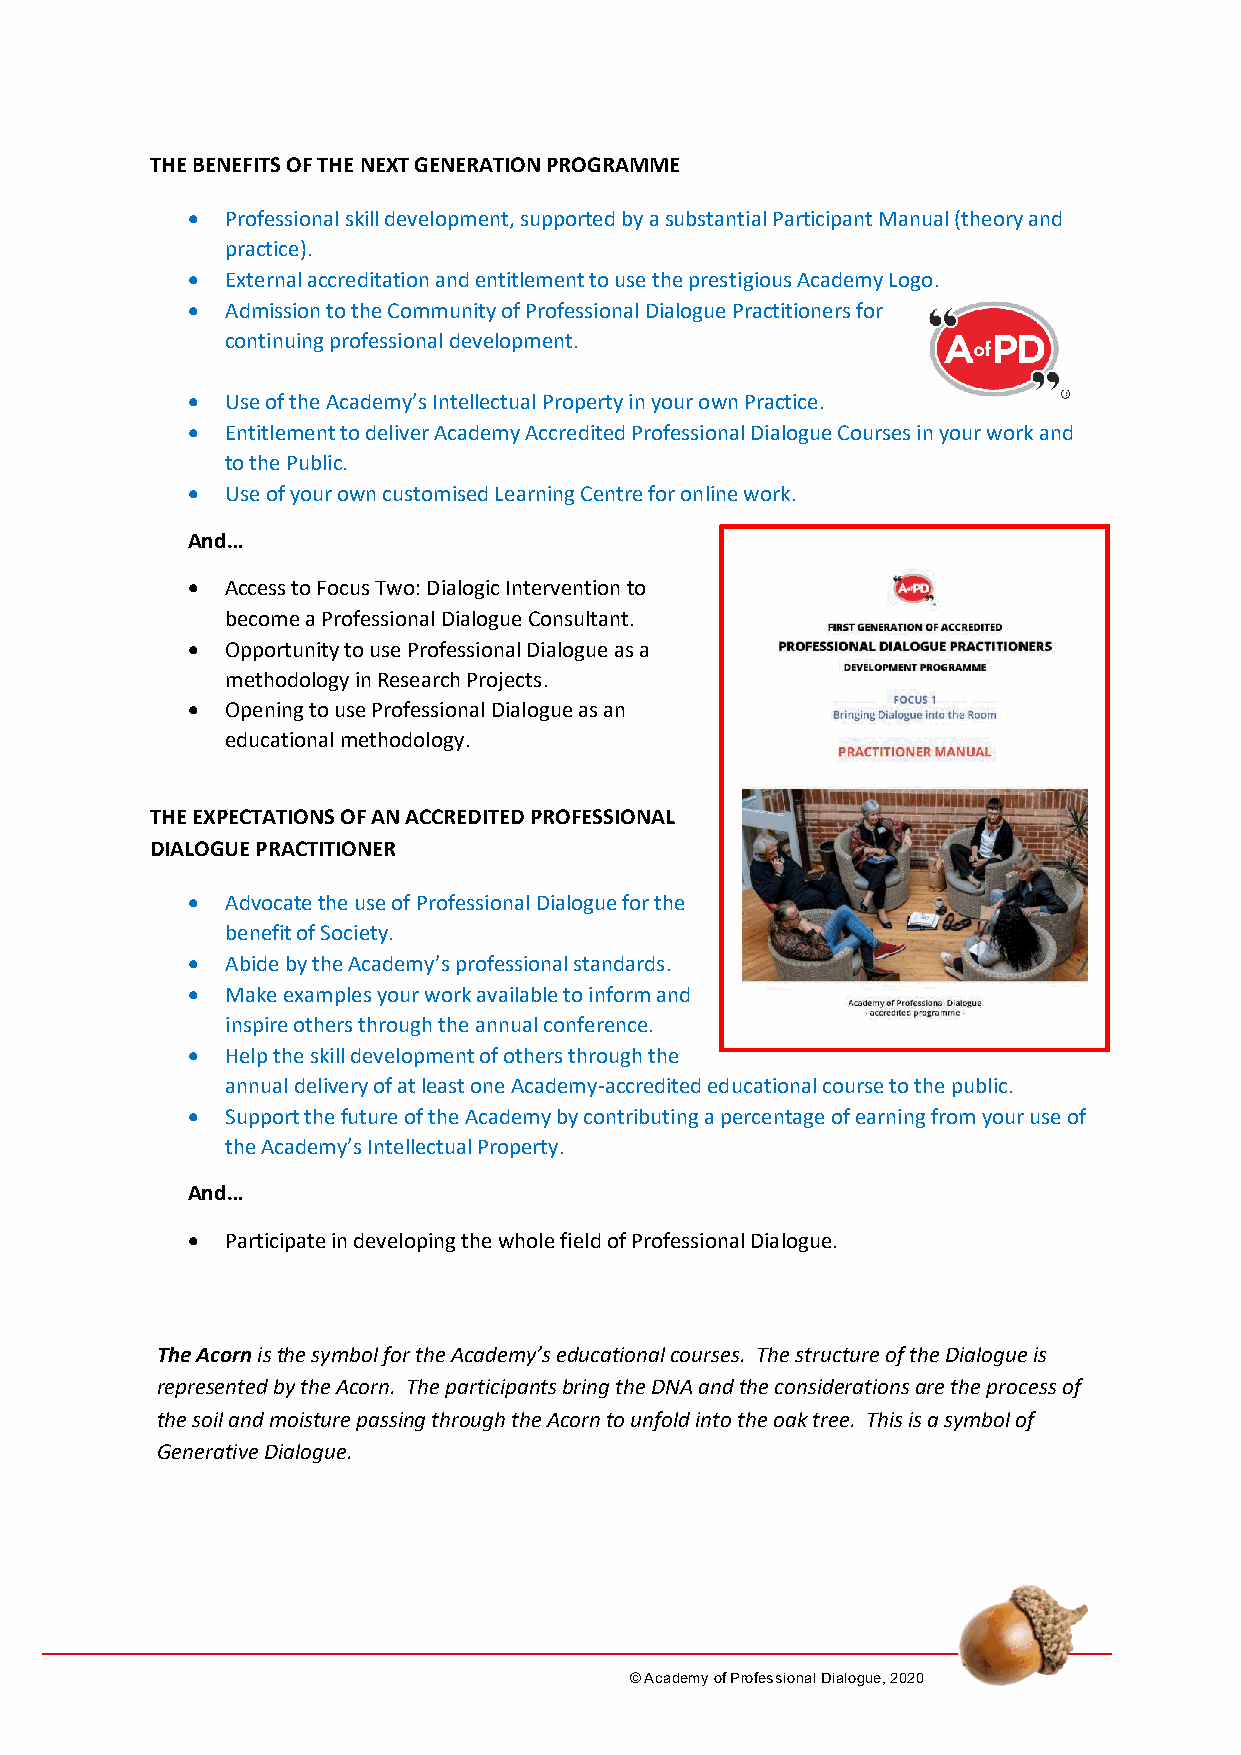
THE BENEFITS OF THE NEXT GENERATION PROGRAMME
 •  Professional skill development, supported by a substantial Participant Manual (theory and
 practice).
 •  External accreditation and entitlement to use the prestigious Academy Logo.
 •  Admission to the Community of Professional Dialogue Practitioners for
 continuing professional development.
 •  Use of the Academy’s Intellectual Property in your own Practice.
 •  Entitlement to deliver Academy Accredited Professional Dialogue Courses in your work and
 to the Public.
 •  Use of your own customised Learning Centre for online work.
 And…
 •  Access to Focus Two: Dialogic Intervention to
 become a Professional Dialogue Consultant.
 •  Opportunity to use Professional Dialogue as a
 methodology in Research Projects.
 •  Opening to use Professional Dialogue as an
 educational methodology.
 THE EXPECTATIONS OF AN ACCREDITED PROFESSIONAL
 DIALOGUE PRACTITIONER
 •  Advocate the use of Professional Dialogue for the
 benefit of Society.
 •  Abide by the Academy’s professional standards.
 •  Make examples your work available to inform and
 inspire others through the annual conference.
 •  Help the skill development of others through the
 annual delivery of at least one Academy-accredited educational course to the public.
 •  Support the future of the Academy by contributing a percentage of earning from your use of
 the Academy’s Intellectual Property.
 And…
 •  Participate in developing the whole field of Professional Dialogue.
 The Acorn is the symbol for the Academy’s educational courses. The structure of the Dialogue is
 represented by the Acorn. The participants bring the DNA and the considerations are the process of
 the soil and moisture passing through the Acorn to unfold into the oak tree. This is a symbol of
 Generative Dialogue.